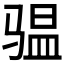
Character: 𮹌